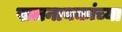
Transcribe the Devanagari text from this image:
खलनायकांच्या